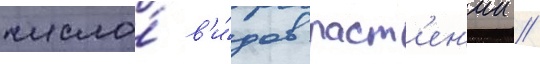
число́ в'и́дов раст'ен'ии /